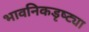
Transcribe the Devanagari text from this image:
भावनिकडृष्ट्या